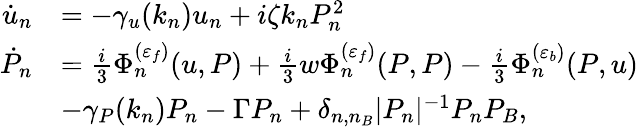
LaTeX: \begin{array}{rl}{\dot{u}_{n}}&{=-\gamma_{u}(k_{n})u_{n}+i\zeta k_{n}P_{n}^{2}}\\ {\dot{P}_{n}}&{=\frac{i}{3}\Phi_{n}^{(\varepsilon_{f})}(u,P)+\frac{i}{3}w\Phi_{n}^{(\varepsilon_{f})}(P,P)-\frac{i}{3}\Phi_{n}^{(\varepsilon_{b})}(P,u)}\\ &{-\gamma_{P}(k_{n})P_{n}-\Gamma P_{n}+\delta_{n,n_{B}}|P_{n}|^{-1}P_{n}P_{B},}\end{array}